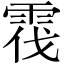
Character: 𲉷